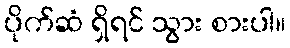
ပိုက်ဆံ ရှိရင် သွား စားပါ။